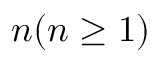
n ( n \ge 1 )